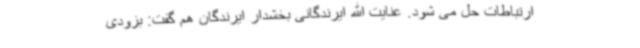
ارتباطات حل می شود. عنایت الله ایرندگانی بخشدار ایرندگان هم گفت: بزودی